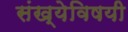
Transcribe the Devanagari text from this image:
संख्येविषयी